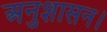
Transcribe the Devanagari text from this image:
अनुशासन।